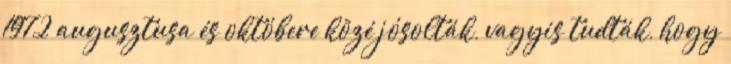
1972 augusztusa és októbere közé jósolták, vagyis tudták, hogy